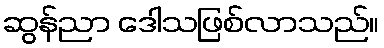
ဆွန်ညာ ဒေါသဖြစ်လာသည်။